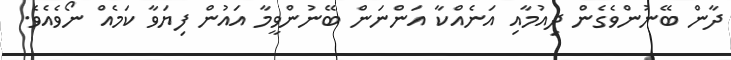
ދާން ބޭނުންވެގެން ދިއުމާއި އަނެއްކާ އަންނަން ބޭނުންވީމާ އައުން ފިޔަވާ ކަމެއް ނޯވެއެވެ.